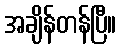
အချိန်တန်ပြီ။